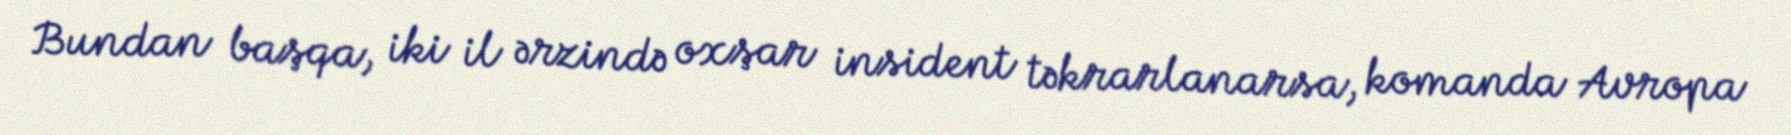
Bundan başqa, iki il ərzində oxşar insident təkrarlanarsa, komanda Avropa